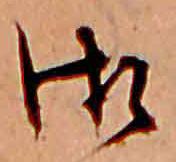
御